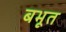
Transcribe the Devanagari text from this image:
बभूत